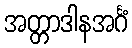
အတ္တာဒါနအင်္ဂံ